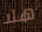
هلا